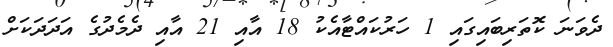
ދެވަނަ ކޮތަރިބައިގައި 1 ހަރުކައްޓާއެކު 18 އާއި 21 އާއި ދެމެދުގެ އަދަދަަކަށް